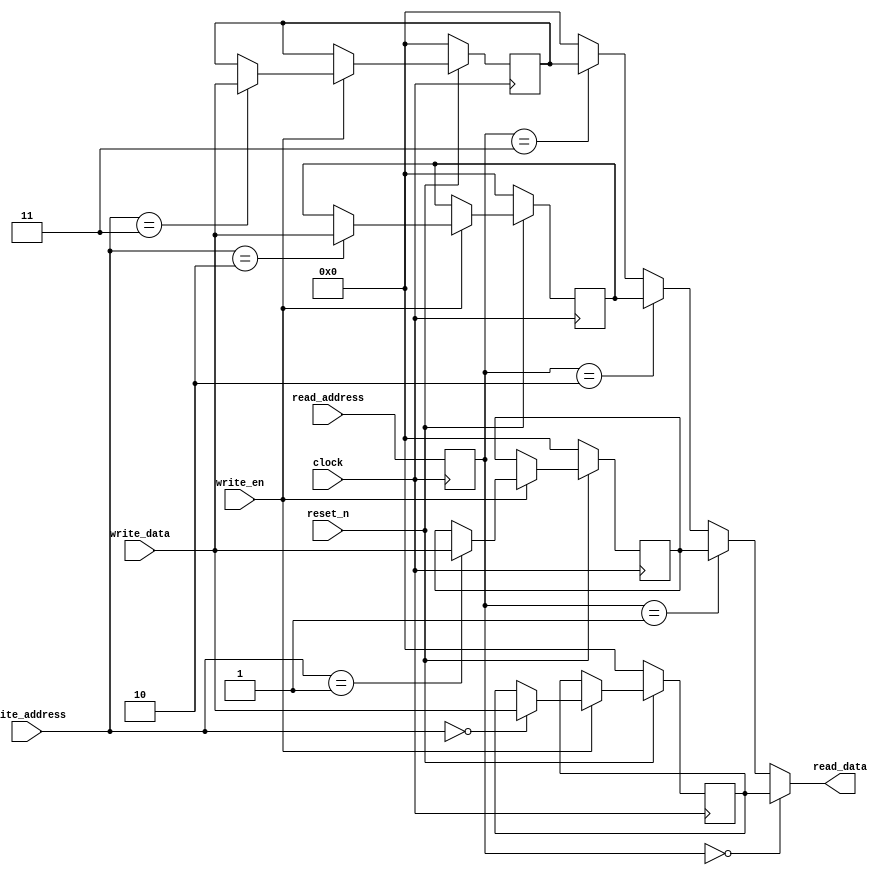
module regfile (clock, reset_n, write_address, write_data, write_en,
		read_address, read_data);
   input clock;
   input reset_n;
   input [1:0] write_address;
   input [7:0] write_data;
   input       write_en;
   input [1:0] read_address;
   output [7:0] read_data;

   reg [7:0] 	reg0;
   reg [7:0] 	reg1;
   reg [7:0] 	reg2;
   reg [7:0] 	reg3;
   reg [1:0] 	ra;
   
   wire [7:0] 	read_data;
   
  assign read_data = (ra == 0) ? reg0 :
		      (ra == 1) ? reg1 :
		      (ra == 2) ? reg2 :
		     (ra == 3) ? reg3 : 0;

   
   always @ (posedge clock)
     ra <= read_address;
   
   always @ (posedge clock)
   if (reset_n == 0) begin
      reg0 <= 0;
      reg1 <= 0;
      reg2 <= 0;
      reg3 <= 0;
   end else begin
      if (write_en) begin
	 case(write_address)
	   0: reg0 <= write_data;
	   1: reg1 <= write_data;
	   2: reg2 <= write_data;
	   3: reg3 <= write_data;
	 endcase // case (write_address)
      end
   end // else: !if(rst)

endmodule